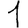
Digit: 1